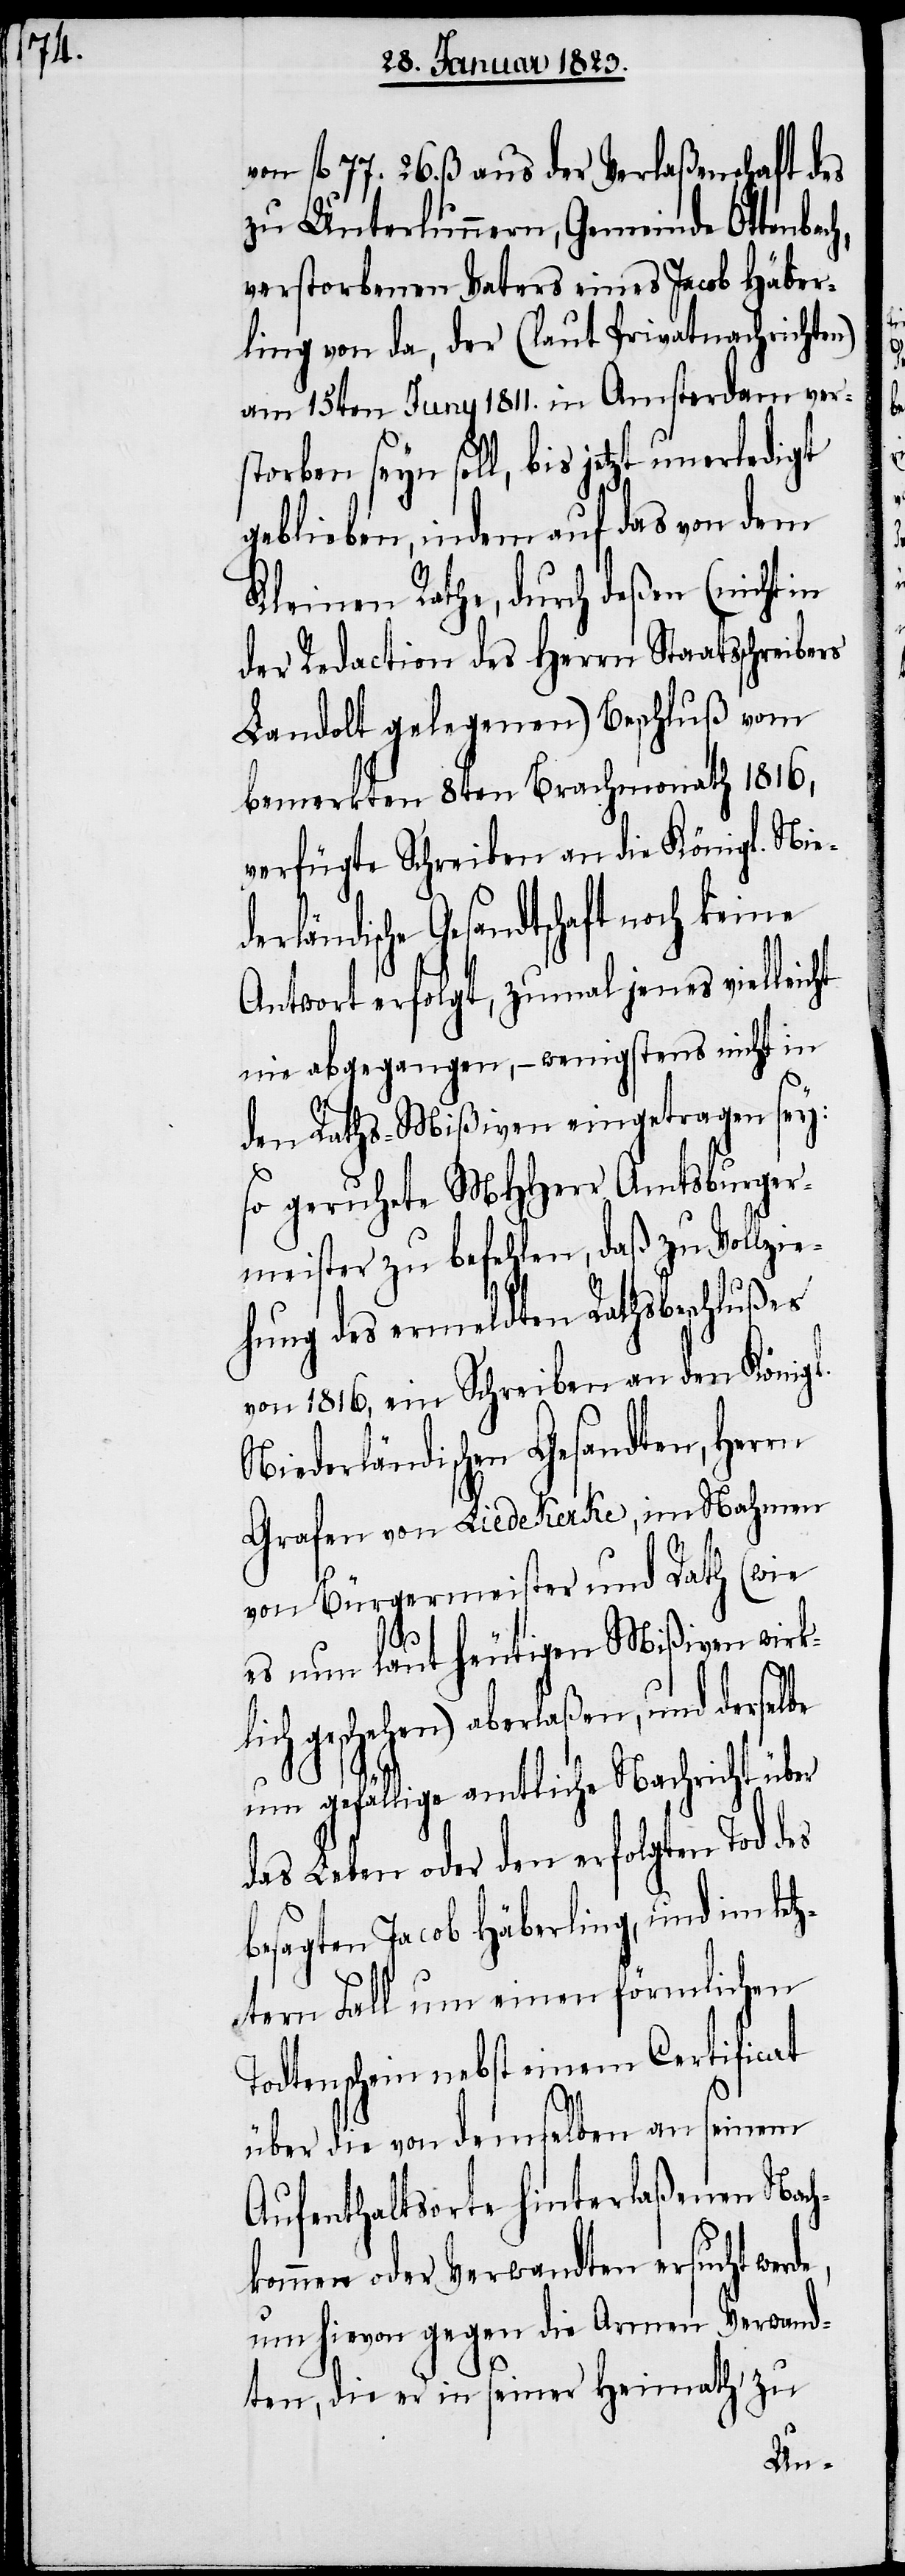
von fl. 77. 26. ß. aus der Verlaßenschaft des
zu Unterlunnern, Gemeinde Ottenbac¬
verstorbenen Vaters eines Jacob Häber¬
ling von da, der (laut Privatnachrichten)
am 15ten Juny 1811. in Amsterdam ver¬
storben seyn soll, bis jetzt unerledigt
geblieben, indem auf das von dem
Kleinen Rathe, durch deßen (nicht in
der Redaction des Herrn Staatsschreibers
Landolt gelegenen) Beschluß vom
bemerkten 8ten Brachmonath 1816,
verfügte Schreiben an die Königl. N¬
Antwort erfolgt, zumal jenes vielleic¬
nie abgegangen, – wenigstens nicht in
den Raths-Mißiven eingetragen sey:
so geruhete MHHerr Amtsburger¬
meister zu befehlen, daß zu Vollzie¬
hung des ermeldten Rathsbeschlußes
von 1816, ein Schreiben an den Königl.
Niederländischen Gesandten, Herrn
Grafen von Liedekerke, im Nahmen
von Bürgermeister und Rath (wie
es nun laut heutigen Mißiven wirkl¬
ich geschehen) aberlaßen, und derse¬
um gefällige amtliche Nachricht über
das Leben oder den erfolgten Tod des
besagten Jacob Häberling, und im let¬
ztern Fall um einen förmlichen
Todtenschein nebst einem Certificat
e,
über die von demselben an seinem
Aufenthaltsorte hinterlaßenen Nach¬
kommen oder Verwandten ersucht werd¬
um hievon gegen die Armen Verwand¬
ten, die er in seiner Heimath zu